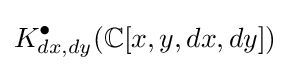
K_{dx,dy}^{\bullet }(\mathbb {C} [x,y,dx,dy])